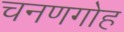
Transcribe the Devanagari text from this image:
चनणगोह